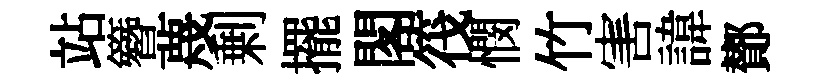
站簪蔑剰擺閣筏憫竹害諱鄼